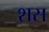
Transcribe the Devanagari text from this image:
शस